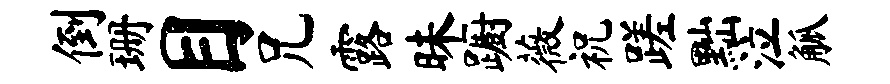
倒珊目兄露昧蹰薇祝蹉黜泣觚